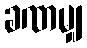
ခဏမျှ